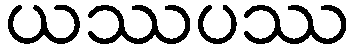
ယဿပဿ